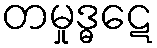
တမှုဒ္ဓဋေ